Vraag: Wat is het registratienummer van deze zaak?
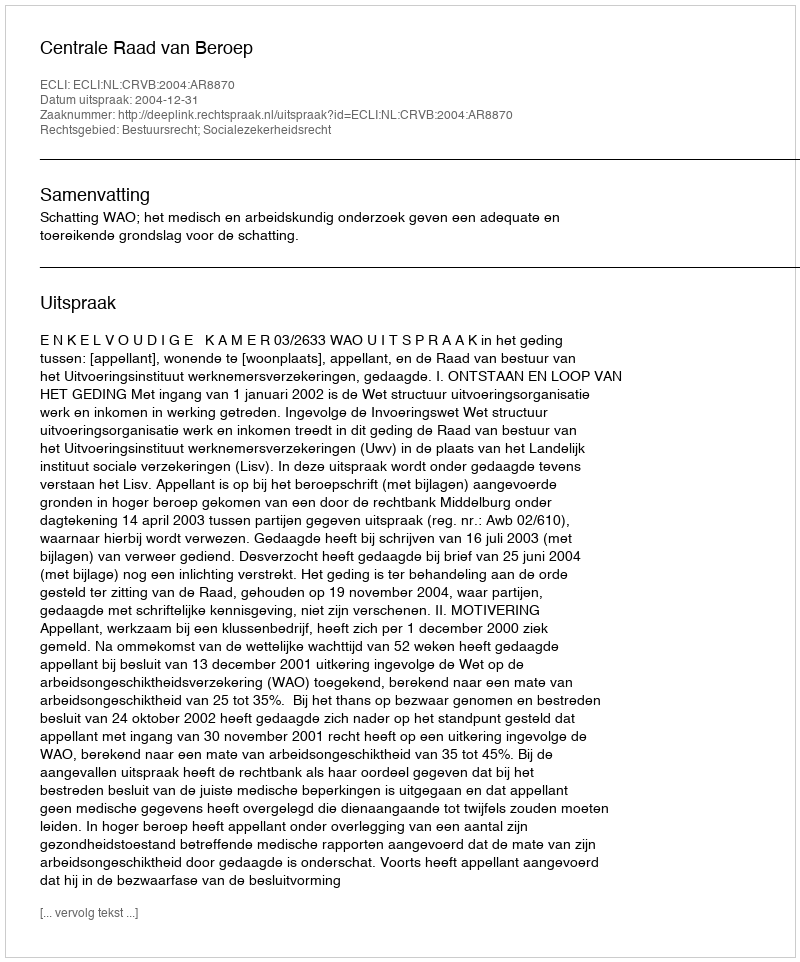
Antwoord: http://deeplink.rechtspraak.nl/uitspraak?id=ECLI:NL:CRVB:2004:AR8870